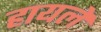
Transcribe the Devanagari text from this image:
हायले